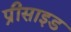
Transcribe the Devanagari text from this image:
प्रीसाइड